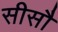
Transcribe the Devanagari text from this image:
सीसौ